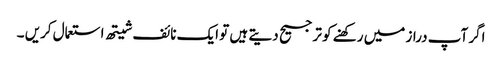
اگر آپ دراز میں رکھنے کو ترجیح دیتے ہیں تو ایک نائف شیتھ استعمال کریں ۔